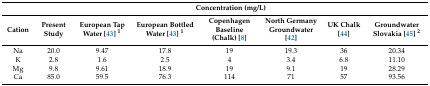
|  | <COLSPAN=7> Concentration (mg/L) |
 | Cation | Present Study | European Tap Water [43] 1 | European Bottled Water [43] 1 | Copenhagen Baseline (Chalk) [8] | North Germany Groundwater [42] | UK Chalk [44] | Groundwater Slovakia [45] 2 |
 | --- | --- | --- | --- | --- | --- | --- | --- |
 | Na | 20.0 | 9.47 | 17.8 | 19 | 19.3 | 36 | 20.34 |
 | K | 2.8 | 1.6 | 2.5 | 4 | 3.4 | 6.8 | 11.10 |
 | Mg | 9.8 | 9.61 | 18.9 | 19 | 9.1 | 19 | 28.29 |
 | Ca | 85.0 | 59.5 | 76.3 | 114 | 71 | 57 | 93.56 |